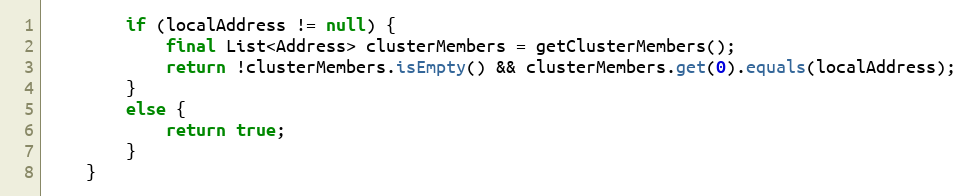
Language: Java
		if (localAddress != null) {
			final List<Address> clusterMembers = getClusterMembers();
			return !clusterMembers.isEmpty() && clusterMembers.get(0).equals(localAddress);
		}
		else {
			return true;
		}
	}